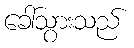
ခေါ်သွားသည်